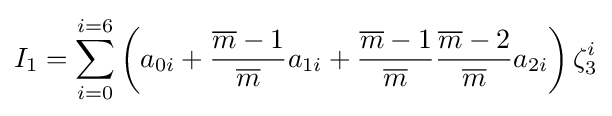
I_{1}=\sum _{i=0}^{i=6}{\left(a_{0i}+{\frac {{\overline {m}}-1}{\overline {m}}}a_{1i}+{\frac {{\overline {m}}-1}{\overline {m}}}{\frac {{\overline {m}}-2}{\overline {m}}}a_{2i}\right)\zeta _{3}^{i}}